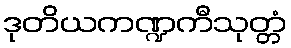
ဒုတိယကဏ္ဍကီသုတ္တံ